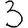
Digit: 3